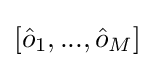
[{\hat {o}}_{1},...,{\hat {o}}_{M}]